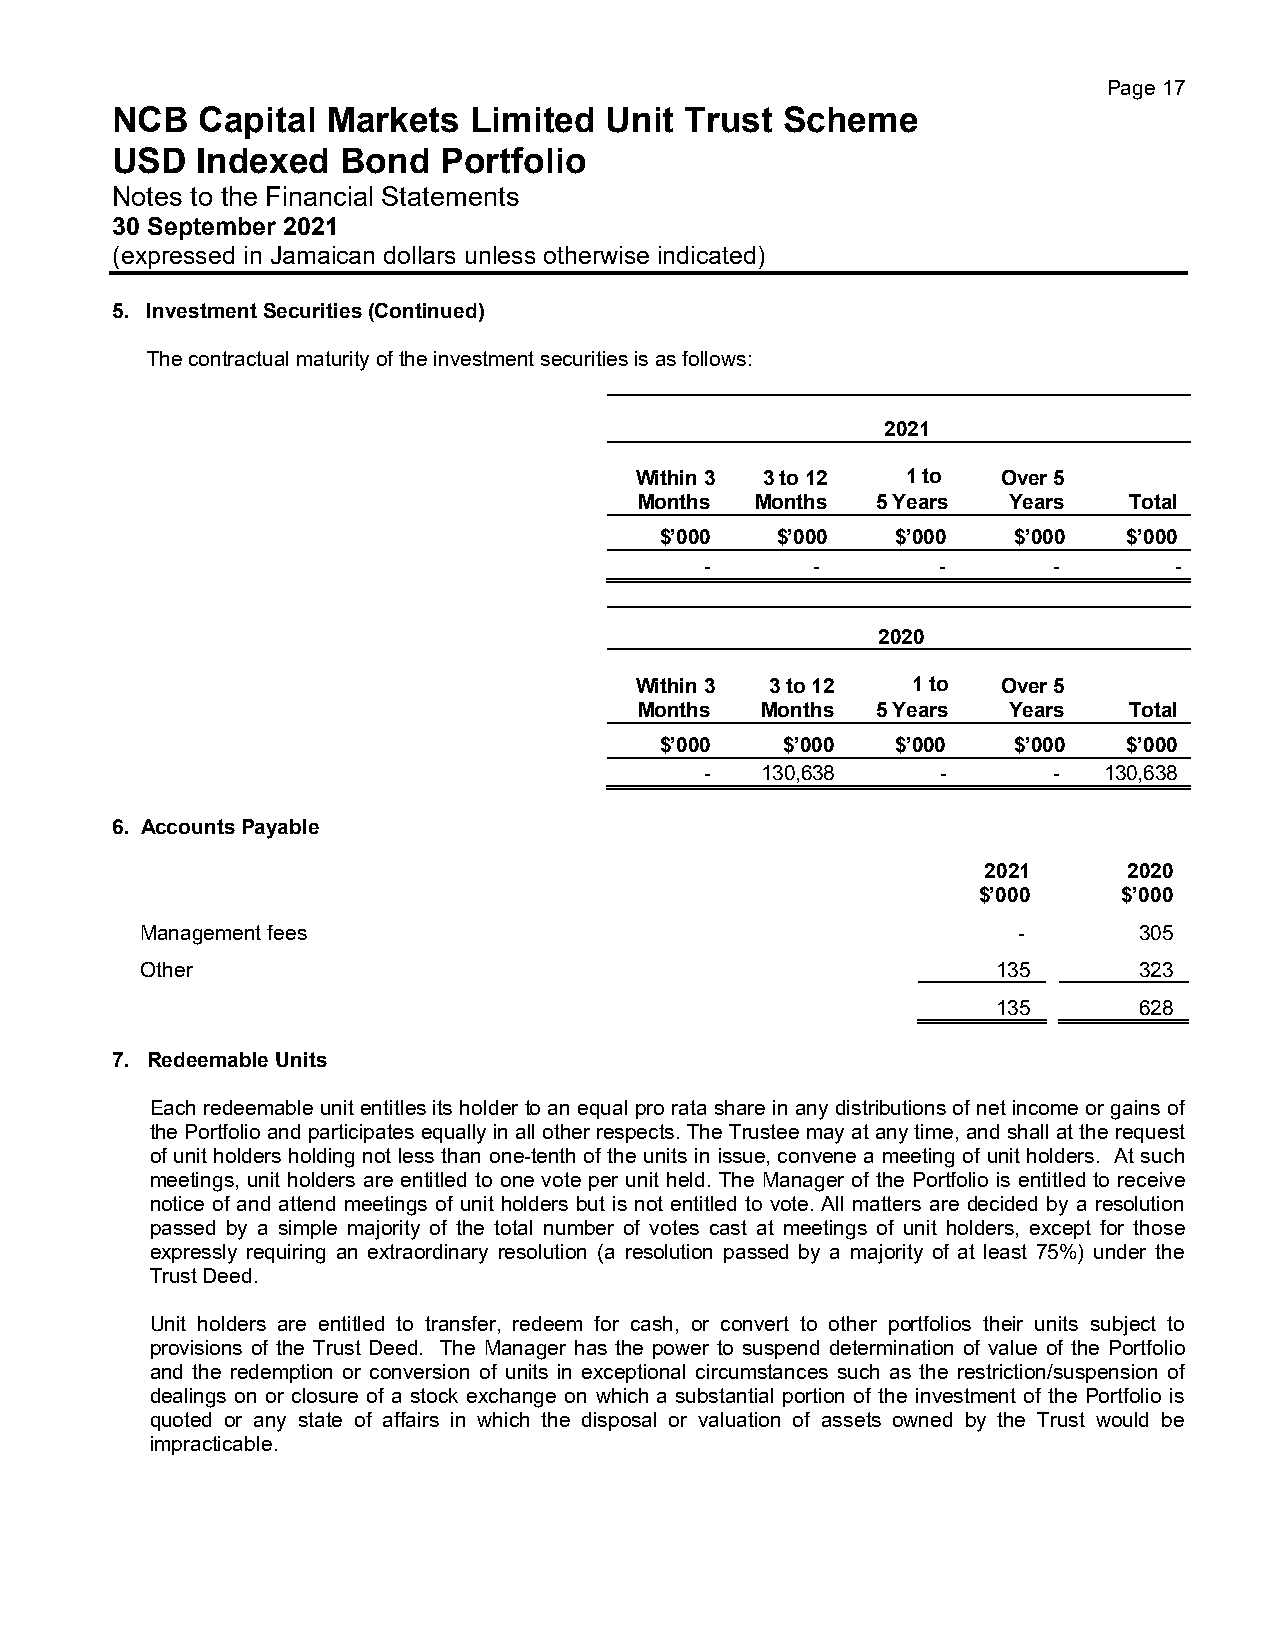
Page 17
 NCB   Capital  Markets  Limited  Unit Trust  Scheme
 USD   Indexed   Bond  Portfolio
 Notes to the Financial Statements
 30 September 2021
 (expressed in Jamaican dollars unless otherwise indicated)
 5. Investment Securities (Continued)
 The contractual maturity of the investment securities is as follows:
 2021
 Within 3 3 to 12  1 to  Over 5
 Months  Months  5 Years  Years   Total
 $’000  $’000   $’000   $’000   $’000
 -      -       -       -       -
 2020
 Within 3 3 to 12  1 to  Over 5
 Months  Months  5 Years  Years   Total
 $’000   $’000  $’000   $’000   $’000
 -  130,638     -       -  130,638
 6. Accounts Payable
 2021      2020
 $’000    $’000
 Management fees                                           -       305
 Other                                                    135      323
 135      628
 7. Redeemable Units
 Each redeemable unit entitles its holder to an equal pro rata share in any distributions of net income or gains of
 the Portfolio and participates equally in all other respects. The Trustee may at any time, and shall at the request
 of unit holders holding not less than one-tenth of the units in issue, convene a meeting of unit holders. At such
 meetings, unit holders are entitled to one vote per unit held. The Manager of the Portfolio is entitled to receive
 notice of and attend meetings of unit holders but is not entitled to vote. All matters are decided by a resolution
 passed by a simple majority of the total number of votes cast at meetings of unit holders, except for those
 expressly requiring an extraordinary resolution (a resolution passed by a majority of at least 75%) under the
 Trust Deed.
 Unit holders are entitled to transfer, redeem for cash, or convert to other portfolios their units subject to
 provisions of the Trust Deed. The Manager has the power to suspend determination of value of the Portfolio
 and the redemption or conversion of units in exceptional circumstances such as the restriction/suspension of
 dealings on or closure of a stock exchange on which a substantial portion of the investment of the Portfolio is
 quoted or any state of affairs in which the disposal or valuation of assets owned by the Trust would be
 impracticable.